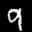
Label: 9